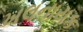
ખલનાયક